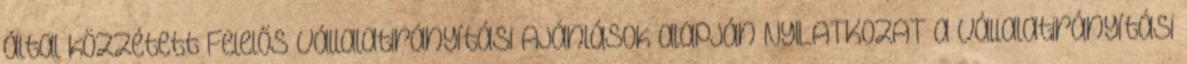
által közzétett Felelős Vállalatirányítási Ajánlások alapján NYILATKOZAT a vállalatirányítási